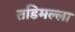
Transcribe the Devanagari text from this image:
तडिमल्ला